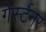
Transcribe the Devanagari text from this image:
गेर्स्टनर